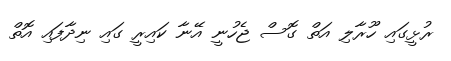
ރުޅީގައި ހޫރާލި އަތް ގޮސް ޖެހުނީ އޭނާ ކައިރީ ގައި ނިދާފައި އޮތް